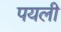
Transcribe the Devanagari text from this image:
पयली